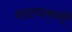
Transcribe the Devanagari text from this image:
नाट्यकर्मीं